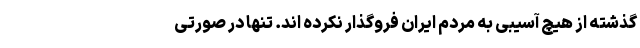
گذشته از هیچ آسیبی به مردم ایران فروگذار نکرده اند. تنها در صورتی